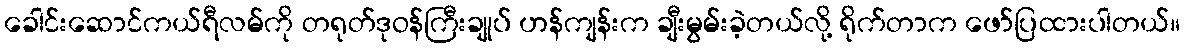
ခေါင်းဆောင်ကယ်ရီလမ်ကို တရုတ်ဒုဝန်ကြီးချုပ် ဟန်ကျန်းက ချီးမွမ်းခဲ့တယ်လို့ ရိုက်တာက ဖော်ပြထားပါတယ်။